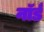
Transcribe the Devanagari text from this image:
नॉर्ड